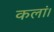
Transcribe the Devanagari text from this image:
कलां।